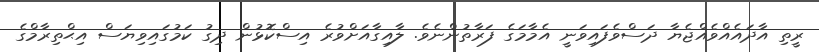
ރީތި އާދައެއްވެއްޖެޔާ ދަސްވެފައިވަނީ އެމާމަގެ ފަރާތުންނެވެ. ލާއިގާއަށްވުރެ އިސްކޮޅުން ދިގު ކަމުގައިވިޔަސް އިޙްތިރާމްގެ